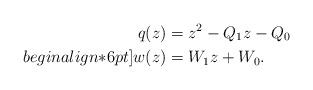
LaTeX: \begin{align*}q(z)&=z^2-Q_1z-Q_0 \\begin{align*}6pt]w(z)&=W_1z+W_0.\end{align*}